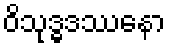
ဝိသုဒ္ဓဒဿနော